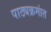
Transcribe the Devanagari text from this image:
पाठ्यक्रमांत